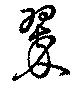
翠